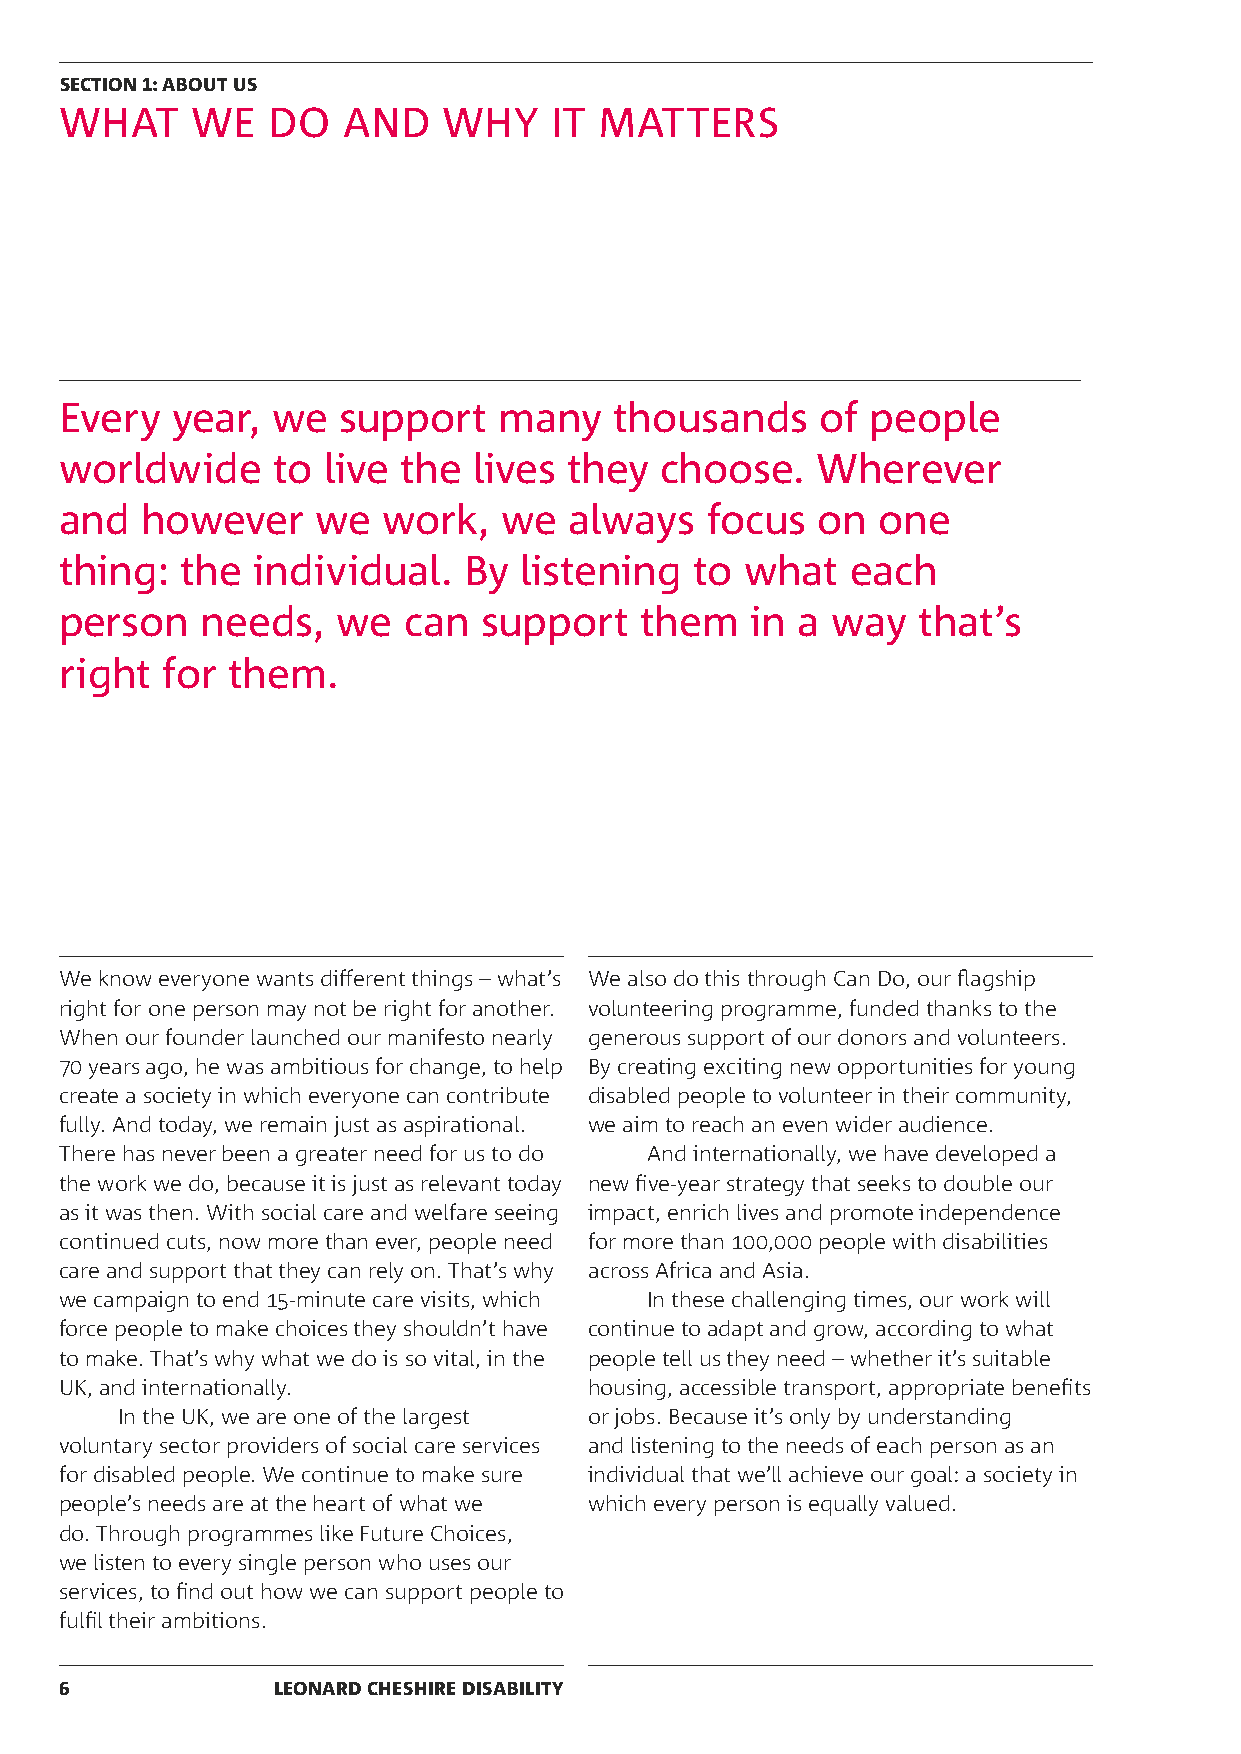
SECTION 1: ABOUT US
 WHAT     WE   DO   AND   WHY    IT  MATTERS
 Every  year,  we  support    many    thousands    of  people
 worldwide     to live the  lives  they  choose.   Wherever
 and  however     we  work,   we   always   focus  on  one
 thing:  the  individual.   By listening   to what   each
 person   needs,   we   can  support   them    in a way   that’s
 right  for them.
 We know everyone wants different things – what’s We also do this through Can Do, our flagship
 right for one person may not be right for another. volunteering programme, funded thanks to the
 When our founder launched our manifesto nearly generous support of our donors and volunteers.
 70 years ago, he was ambitious for change, to help By creating exciting new opportunities for young
 create a society in which everyone can contribute disabled people to volunteer in their community,
 fully. And today, we remain just as aspirational. we aim to reach an even wider audience.
 There has never been a greater need for us to do And internationally, we have developed a
 the work we do, because it is just as relevant today new five-year strategy that seeks to double our
 as it was then. With social care and welfare seeing impact, enrich lives and promote independence
 continued cuts, now more than ever, people need for more than 100,000 people with disabilities
 care and support that they can rely on. That’s why across Africa and Asia.
 we campaign to end 15-minute care visits, which In these challenging times, our work will
 force people to make choices they shouldn’t have continue to adapt and grow, according to what
 to make. That’s why what we do is so vital, in the people tell us they need – whether it’s suitable
 UK, and internationally.           housing, accessible transport, appropriate benefits
 In the UK, we are one of the largest or jobs. Because it’s only by understanding
 voluntary sector providers of social care services and listening to the needs of each person as an
 for disabled people. We continue to make sure individual that we’ll achieve our goal: a society in
 people’s needs are at the heart of what we which every person is equally valued.
 do. Through programmes like Future Choices,
 we listen to every single person who uses our
 services, to find out how we can support people to
 fulfil their ambitions.
 6             LEONARD CHESHIRE DISABILITY